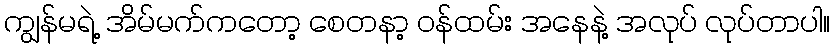
ကျွန်မရဲ့ အိမ်မက်ကတော့ စေတနာ့ ဝန်ထမ်း အနေနဲ့ အလုပ် လုပ်တာပါ။